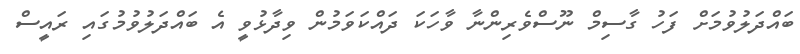
ބައްދަލުވުމަށް ފަހު ގާސިމް ނޫސްވެރިންނާ ވާހަކަ ދައްކަވަމުން ވިދާޅުވީ އެ ބައްދަލުވުމުގައި ރައީސް